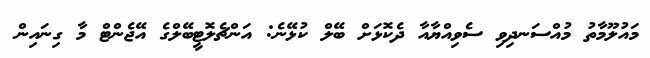
މައުލޫމާތު މުއްސަނދިވި ސެވިއްޔާއާ ދެކޮޅަށް ބޭލް ކުޅޭނެ: އަންޗެލޮޓީބޭލްގެ އޭޖެންޓް މާ ގިނައިން